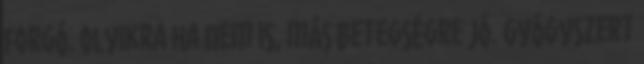
forgó. Olyikra ha nem is, más betegségre jó. Gyógyszert